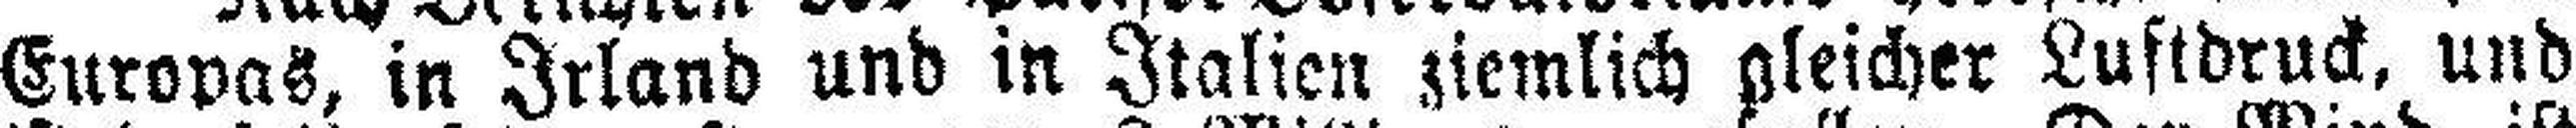
Europas, in Irland und in Italien ziemlich gleicher Luftdruck, und